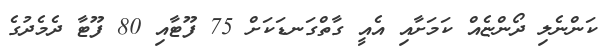
ކަންނެލި ދޯންޏެއް ކަމަށާއި އެއީ ގާތްގަނޑަކަށް 75 ފޫޓާއި 80 ފޫޓާ ދެމެދުގެ